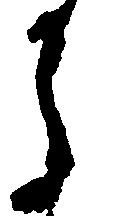
う